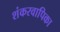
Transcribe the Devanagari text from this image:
शंकरवापिका